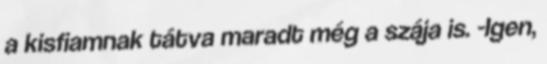
a kisfiamnak tátva maradt még a szája is. -Igen,